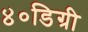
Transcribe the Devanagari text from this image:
४०डिग्री